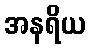
အနရိယ